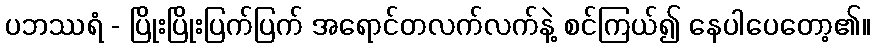
ပဘဿရံ - ပြိုးပြိုးပြက်ပြက် အရောင်တလက်လက်နဲ့ စင်ကြယ်၍ နေပါပေတော့၏။